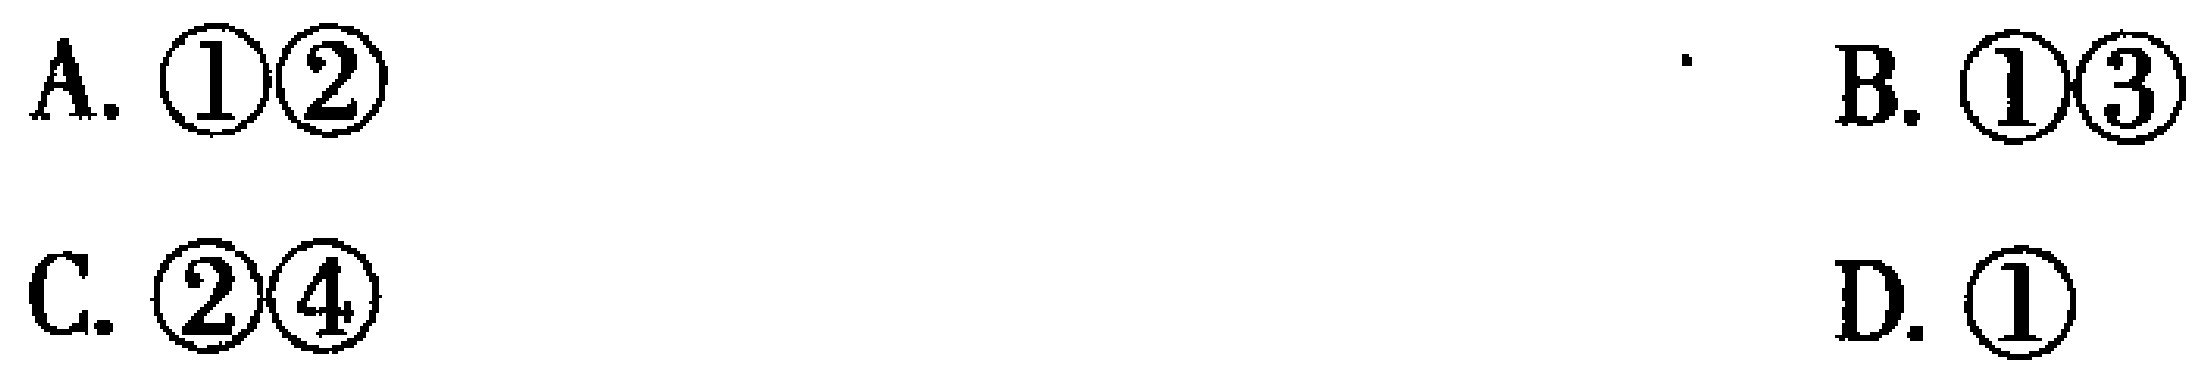
A. \textcircled{1}\textcircled{2}  B. \textcircled{1}\textcircled{3}  C. \textcircled{2}\textcircled{4}  D. \textcircled{1}